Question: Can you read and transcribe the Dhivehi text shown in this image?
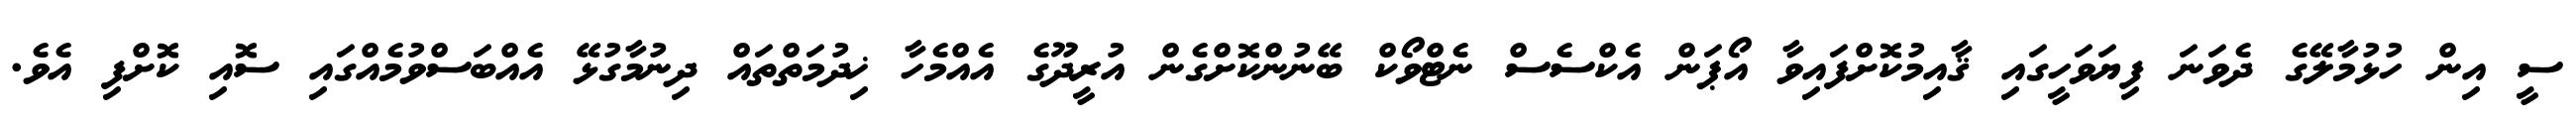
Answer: ސީ އިން ހުޅުމާލޭގެ ދެވަނަ ފިޔަވަހީގައި ޤާއިމުކޮށްފައިވާ އޯޕަން އެކްސެސް ނެޓްވޯކް ބޭނުންކޮށްގެން އުރީދޫގެ އެއްމެހާ ޚިދުމަތްތައް ދިނުމާގުޅޭ އެއްބަސްވުމެއްގައި ސޮއި ކޮށްފި އެވެ.